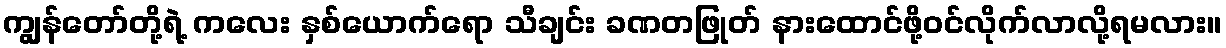
ကျွန်တော်တို့ရဲ့ ကလေး နှစ်ယောက်ရော သီချင်း ခဏတဖြုတ် နားထောင်ဖို့ဝင်လိုက်လာလို့ရမလား။